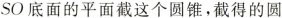
SO底面的平面截这个圆锥，截得的圆